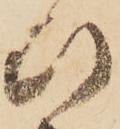
ひ